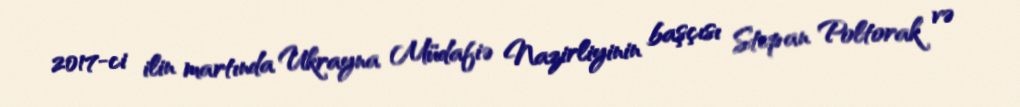
2017-ci ilin martında Ukrayna Müdafiə Nazirliyinin başçısı Stepan Poltorak və